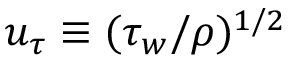
u _ { \tau } \equiv ( \tau _ { w } / \rho ) ^ { 1 / 2 }